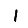
Digit: 1